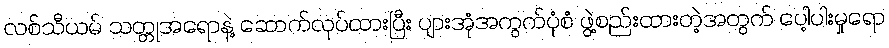
လစ်သီယမ် သတ္တုအရောနဲ့ ဆောက်လုပ်ထားပြီး ပျားအုံအကွက်ပုံစံ ဖွဲ့စည်းထားတဲ့အတွက် ပေါ့ပါးမှုရော